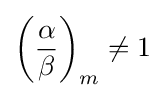
\left({\frac {\alpha }{\beta }}\right)_{m}\neq 1